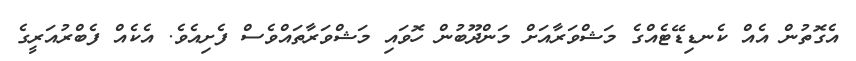
އެގޮތުން އެއް ކެނޑިޑޭޓެއްގެ މަޝްވަރާއަށް މަންދޫބުން ހޮވައި މަޝްވަރާތައްވެސް ފެށިއެވެ. އެކެއް ފެބްރުއަރީގެ